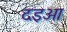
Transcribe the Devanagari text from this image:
दइआ